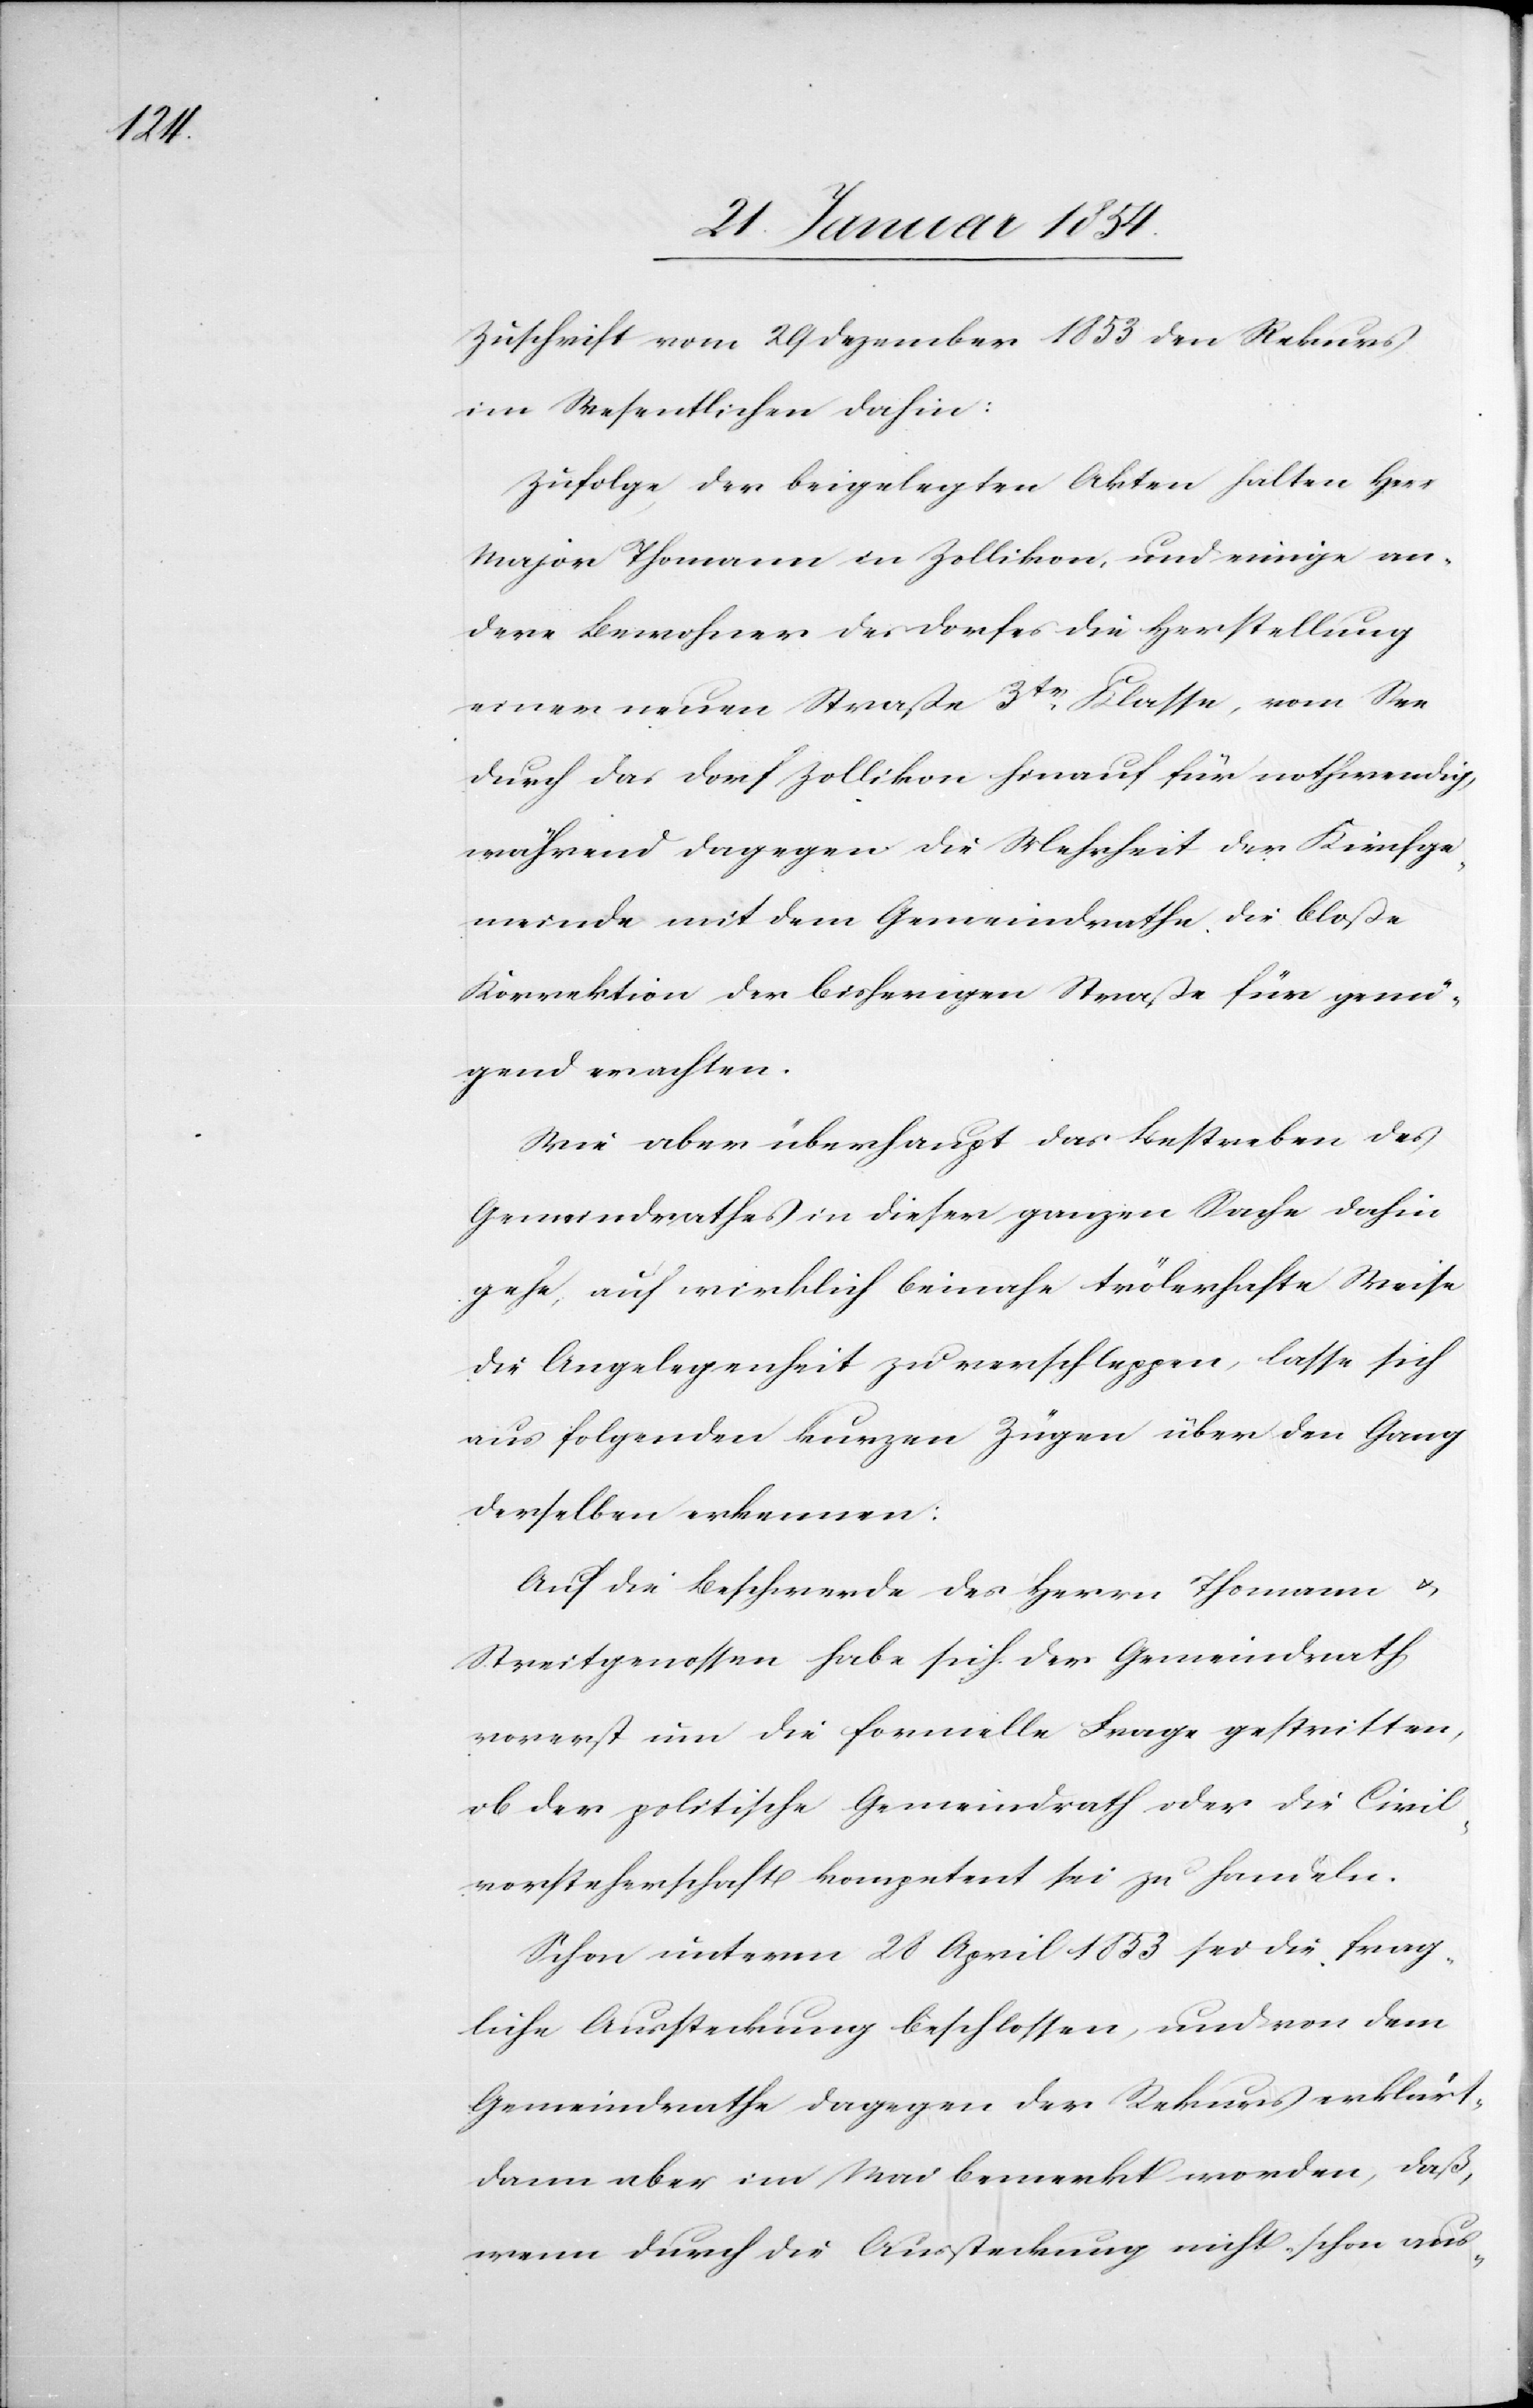
Zuschrift vom 29 Dezember 1853 den Rekurs
im Wesentlichen dahin:
Zufolge der beigelegten Akten halten Herrn
Major Thomann in Zollikon, und einige an¬
dere Bewohner des Dorfes die Herstellung
einer neuen Straße 3tr Klasse, vom See
durch das Dorf Zollikon hinauf für nothwendig,
während dagegen die Mehrheit der Kirchge¬
meinde mit dem Gemeindrathe die bloße
Korrektion der bisherigen Straße für genü¬
gend erachten.
Wie aber überhaupt das Bestreben des
Gemeindrathes in dieser ganzen Sache dahin
gehe, auf wirklich beinahe trölerhafte Weise
die Angelegenheit zu verschleppen, lasse sich
aus folgenden kurzen Zügen über den Gang
derselben erkennen:
Auf die Beschwerde des Herrn Thomann u.
Streitgenossen habe sich der Gemeindrath
vorerst um die formelle Frage gestritten,
ob der politische Gemeindrath oder die Civil¬
vorsteherschaft kompetent sei zu handeln.
Schon unterm 28 April 1853 sei die frag¬
liche Aussteckung beschlossen, und von dem
Gemeindrathe dagegen der Rekurs erklärt,
dann aber im Mai bemerkt worden, daß,
wenn durch die Aussteckung nicht schon aus-